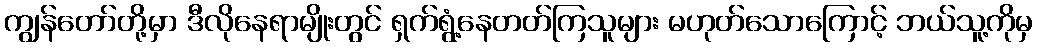
ကျွန်တော်တို့မှာ ဒီလိုနေရာမျိုးတွင် ရှက်ရွံ့နေတတ်ကြသူများ မဟုတ်သောကြောင့် ဘယ်သူ့ကိုမှ